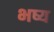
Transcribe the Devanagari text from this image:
भष्य